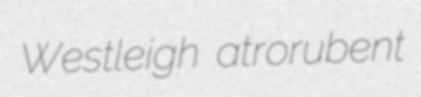
Westleigh atrorubent